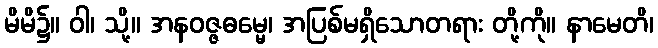
မိမိ၌။ ဝါ၊ သို့။ အနဝဇ္ဇဓမ္မေ၊ အပြစ်မရှိသောတရား တို့ကို။ နာမေတိ၊